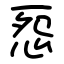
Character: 㤪